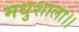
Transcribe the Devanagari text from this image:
मधुशाला।।